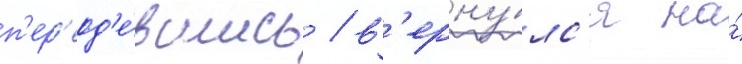
п'ер'еод'е́вшись / в'ерну́лс'я на́